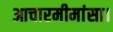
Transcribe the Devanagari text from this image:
आचारमीमांसा।